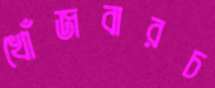
খোঁজবারচ